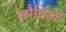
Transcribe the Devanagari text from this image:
अरैबिका